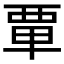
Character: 𫟛